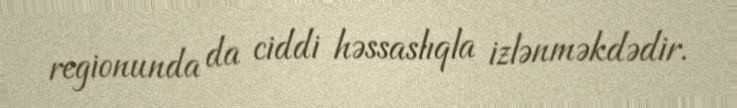
regionunda da ciddi həssaslıqla izlənməkdədir.